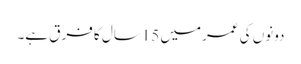
دونوں کی عمرمیں 15سال کا فرق ہے۔